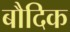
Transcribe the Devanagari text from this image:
बौदिक